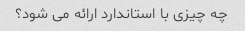
چه چیزی با استاندارد ارائه می شود؟